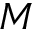
M